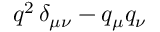
q ^ { 2 } \, \delta _ { \mu \nu } - q _ { \mu } q _ { \nu }